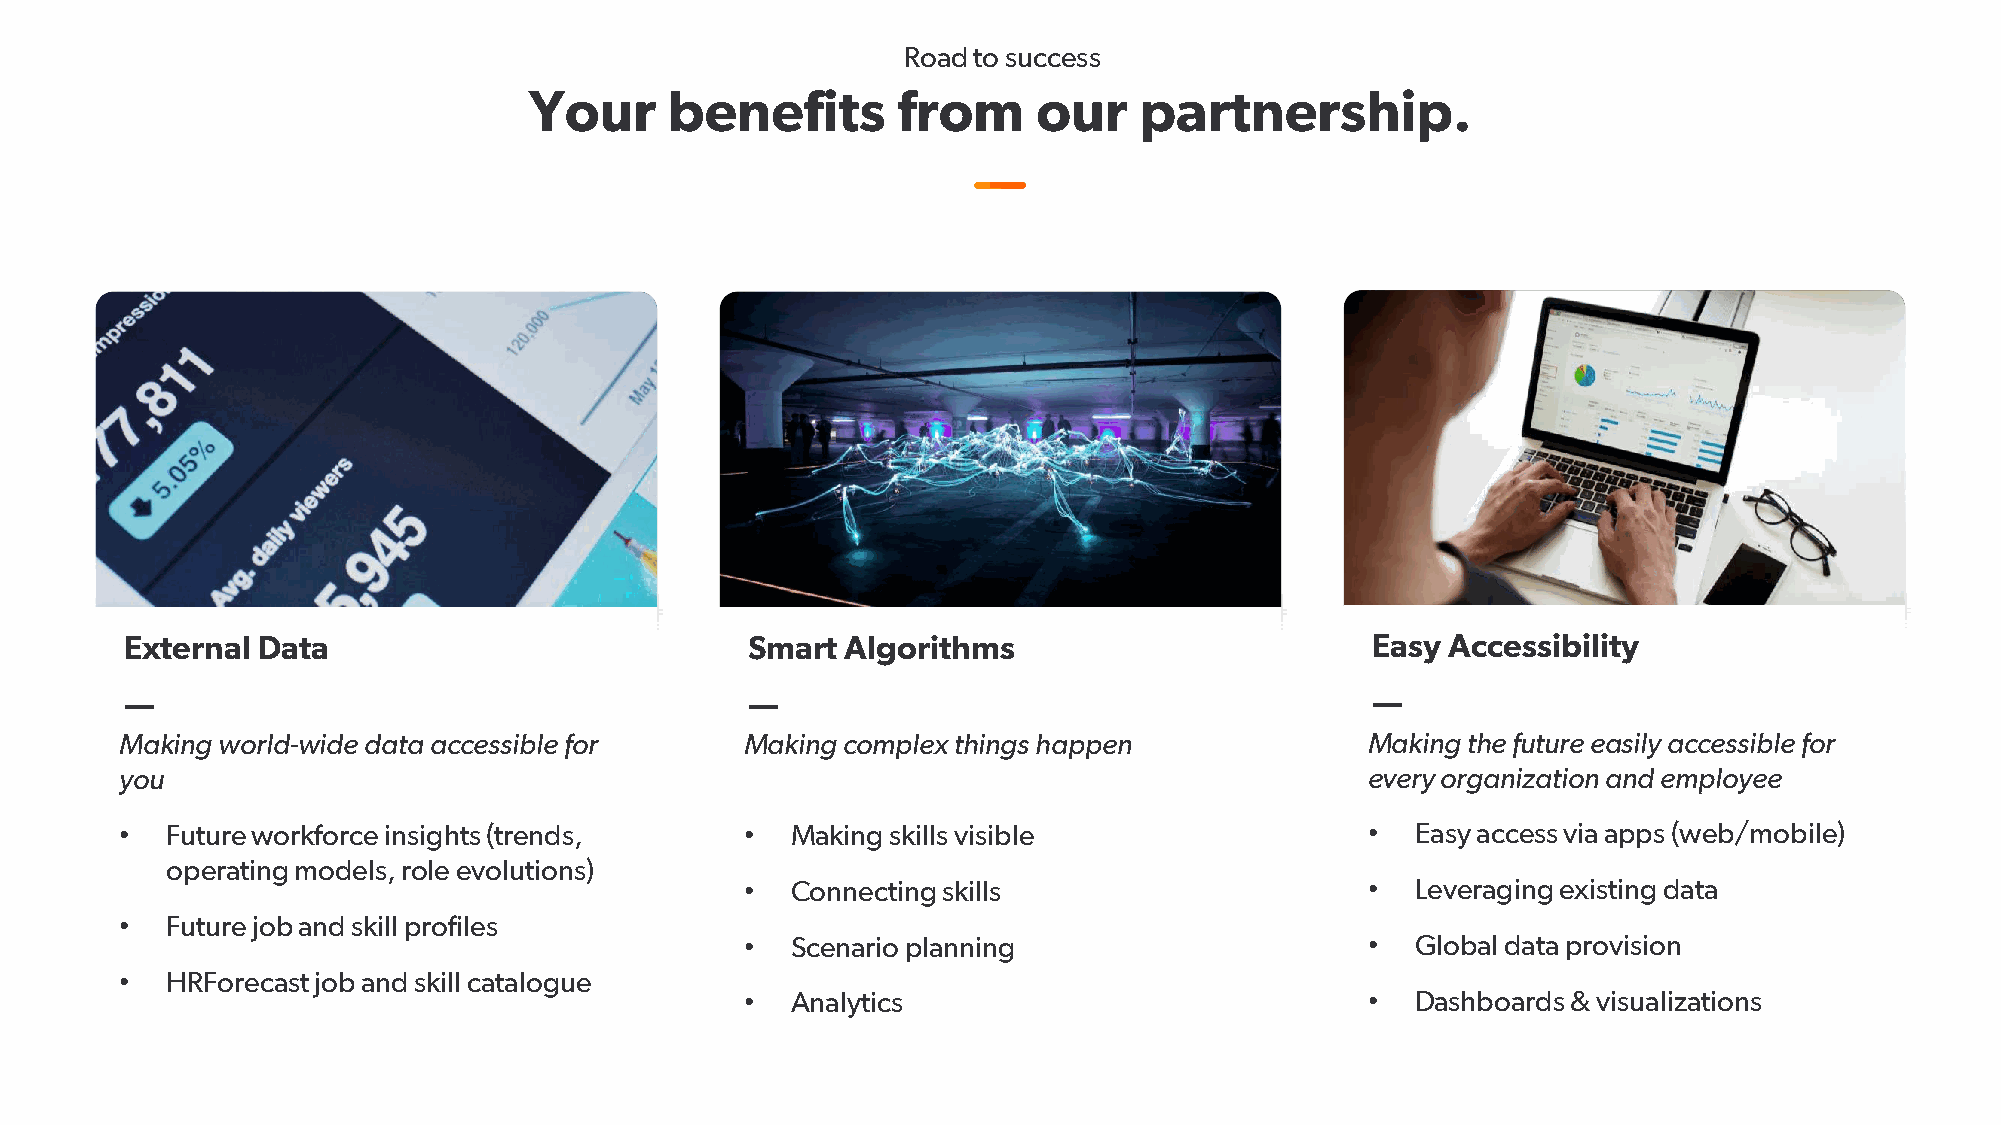
Road to success
 Your     benefits       from      our   partnership.
 External Data                             Smart Algorithms                         Easy Accessibility
 —                                         —                                        —
 Making world-wide data accessible for    Making complex things happen              Making the future easily accessible for
 you                                                                                every organization and employee
 •  Future workforce insights (trends,    •  Making skills visible                  •  Easy access via apps (web/mobile)
 operating models, role evolutions)
 •  Connecting skills                      •  Leveraging existing data
 •  Future job and skill profiles
 •  Scenario planning                      •  Global data provision
 •  HRForecast job and skill catalogue
 •  Analytics                              •  Dashboards & visualizations